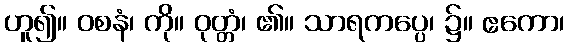
ဟူ၍။ ဝစနံ၊ ကို။ ဝုတ္တံ၊ ၏။ သာရကပ္ပေ၊ ၌။ ဧကော၊